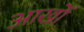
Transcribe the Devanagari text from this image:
आखोँ